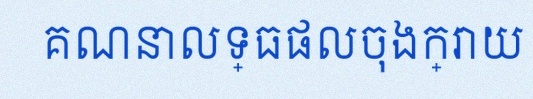
គណនាលទ្ធផលចុងក្រោយ